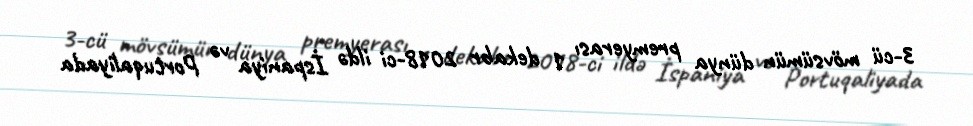
3-cü mövsümün dünya premyerası 1 dekabr 2018-ci ildə İspaniya və Portuqaliyada